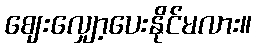
ဈေးလျှော့ပေးနိုင်မလား။